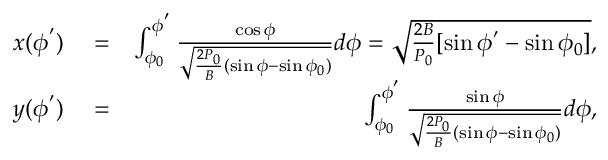
\begin{array} { r l r } { x ( \phi ^ { ' } ) } & { { } = } & { \int _ { \phi _ { 0 } } ^ { \phi ^ { ' } } \frac { \cos \phi } { \sqrt { \frac { 2 P _ { 0 } } { B } ( \sin \phi - \sin \phi _ { 0 } ) } } d \phi = \sqrt { \frac { 2 B } { P _ { 0 } } [ \sin \phi ^ { ' } - \sin \phi _ { 0 } ] } , } \\ { y ( \phi ^ { ' } ) } & { { } = } & { \int _ { \phi _ { 0 } } ^ { \phi ^ { ' } } \frac { \sin \phi } { \sqrt { \frac { 2 P _ { 0 } } { B } ( \sin \phi - \sin \phi _ { 0 } ) } } d \phi , } \end{array}